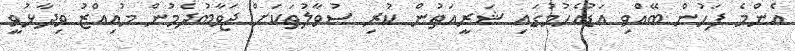
އެންމެ ފަހުން ބޭއްވި އަޑުއެހުމުގައި ޝަރީއަތުން ކުރި ސުވާލުތަކަށް ޖަވާބުދެމުން މުއިއްޒު ވިދާޅުވީ